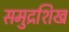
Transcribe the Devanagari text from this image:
समुद्रशिख